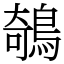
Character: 鵸